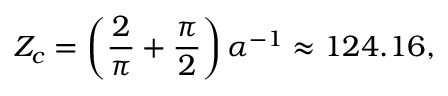
Z _ { c } = \left( \frac { 2 } { \pi } + \frac { \pi } { 2 } \right) \alpha ^ { - 1 } \approx 1 2 4 . 1 6 ,